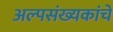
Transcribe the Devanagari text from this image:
अल्पसंख्यकांचे